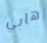
هابي